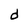
Character: d